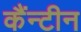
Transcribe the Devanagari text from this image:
कैंन्टीन